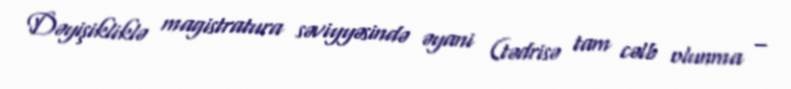
Dəyişikliklə magistratura səviyyəsində əyani (tədrisə tam cəlb olunma –